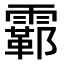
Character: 𫕮